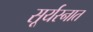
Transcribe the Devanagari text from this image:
सूर्यस्नात